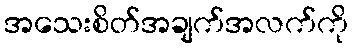
အသေးစိတ်အချက်အလက်ကို